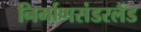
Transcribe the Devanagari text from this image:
निर्माणसंडरलैंड